NAE_ERA_R-2632_ENSV_TA_Emakeele_Selts_1945-1955, lk 74
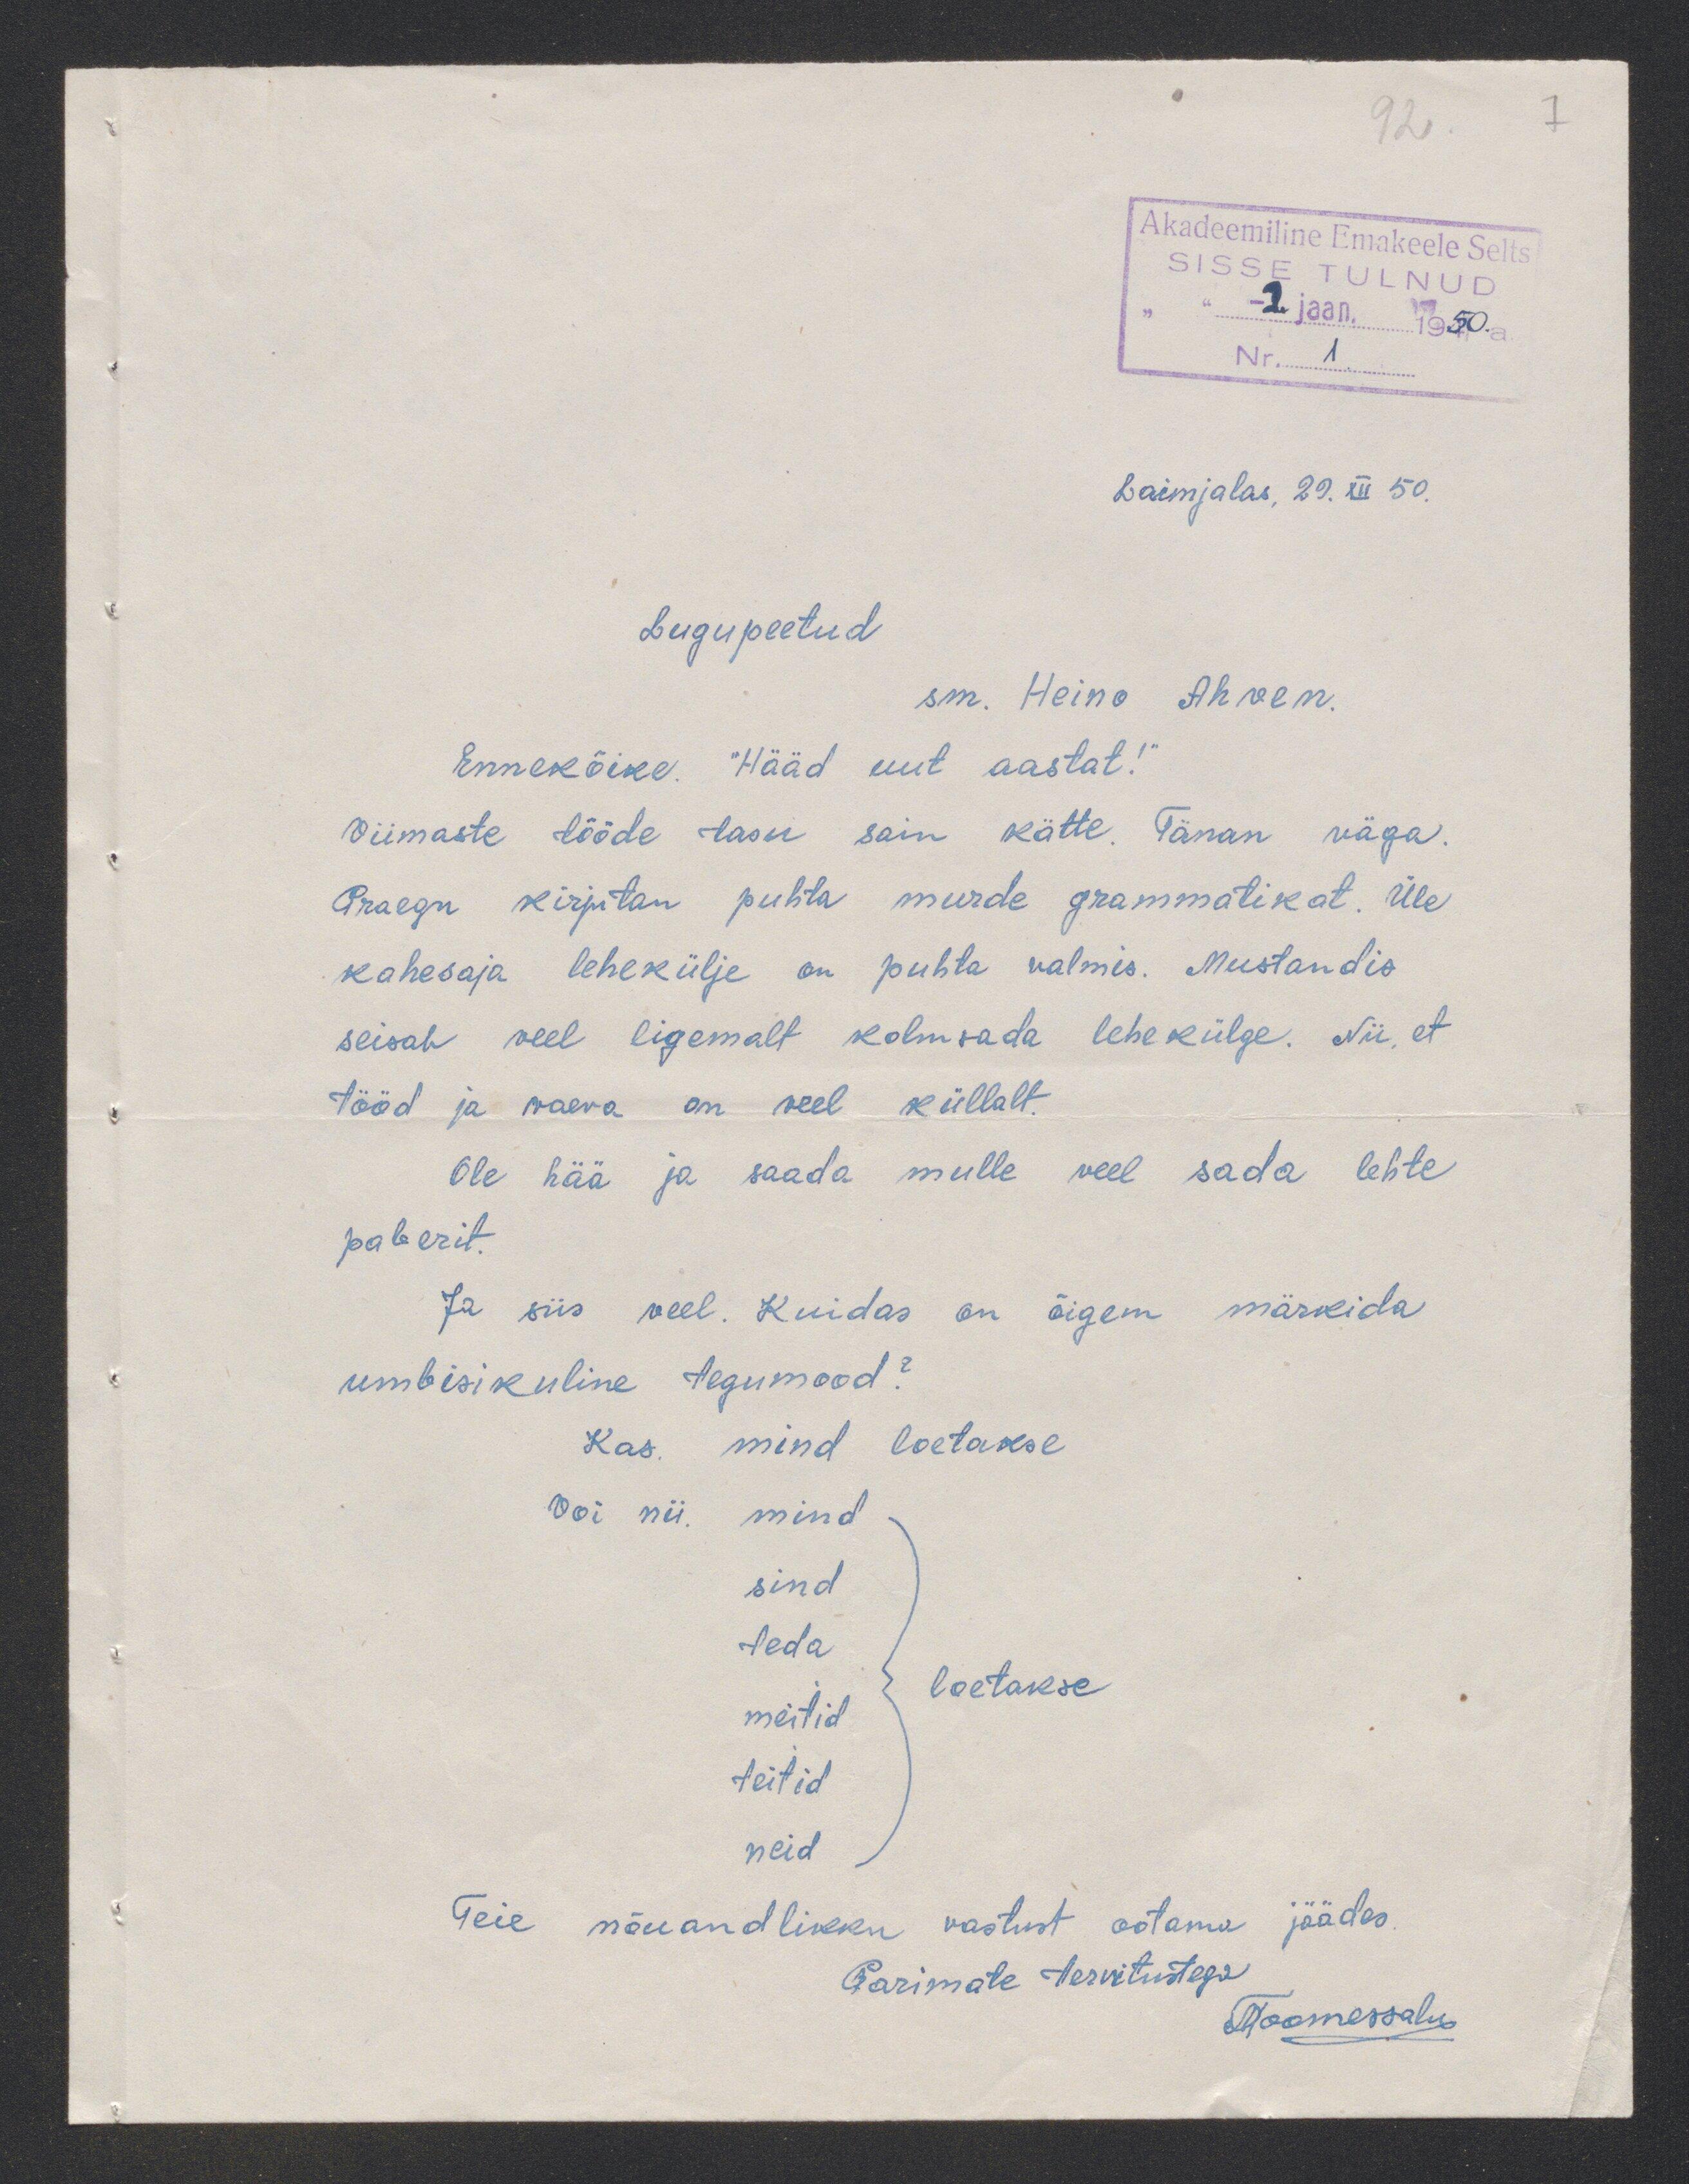
92
Akadeemiline Emakeele Selts
SISSE TULNUD
"-2. jaan. 1950. a
Nr. 1
Laimjalas, 29. XII 50.
Lugupeetud
sm. Heino Ahven.
Ennekõike. Hääd uut aastat!
viimaste tööde tasu sain kätte. Tänan väga.
Praegu kirjutan puhta murde grammatikat. Üle
kahesaja lehekülje on puhta valmis. Mustandis
seisab veel ligemalt kolmsada lehekülge. Nii, et
tööd ja vaeva on veel küllalt.
Ole hää ja saada mulle veel sada lehte
paberit.
Ja siis weel. Kuidas on õigem märkida
umbisikuline tegumood?
kas mind loetakse
Voi nii. mind
sind
teda
loetakse
meitid
teitid
neid
Teie nõuandlikku vastust ootama jäädes.
Parimate tervitustega